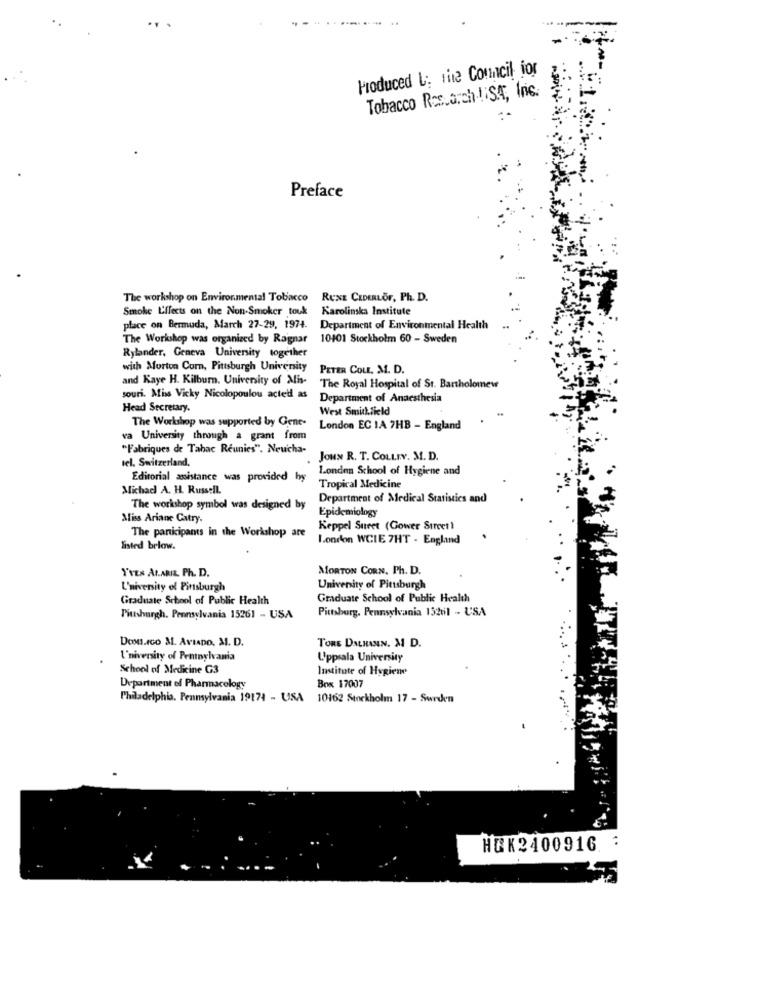
..
Produced L: the Council for
Tobacco Research USA, Inc.
Preface
The workshop on Environmental Tobacco
RUNE CEDERLOr, Ph. D.
Smoke Effects on the Non-Smoker took Karolinska Institute
place on Bermuda, March 27-29, 1974.
Department of Environmental Health
The Workshop was organized by Ragnar
10401 Stockholm 60 - Sweden
Rylander, Geneva University together
with Morton Corn, Pittsburgh University
PETER COLE. M. D.
and Kaye H. Kilburn. University of Mis-
The Royal Hospital of St. Bartholomew
souri. Miss Vicky Nicolopoulou acted as
Department of Anaesthesia
Head Secretary.
West Smithfield
The Workshop was supported by Gene-
London EC IA 7HB - England
va University through a grant from
"Fabriques de Tabac Reunies". Neucha-
tel. Switzerland,
JOHN R. T. COLLIY. M. D.
London School of Hygiene and
Editorial assistance was provided byy
Michael A. H. Russell.
Tropical Medicine
Department of Medical Statistics and
The workshop symbol was designed by
Epidemiology
Miss Ariane Catry.
The participants in the Workshop are
Keppel Suret (Gower Street )
london WCIE 7HT - England
listed below.
YrEs ALARIZ. Ph. D.
MORTON CORN, Ph. D.
L'niversity of Pittsburgh
University of Pittsburgh
Graduate School of Public Health
Graduate School of Public Health
Pittsburg, Pennsylvania 15261 - USA
Pittsburgh, Pennsylvania 15261 - USA
Dcon.Ico M. AVIADO, M. D.
TORE DALHANN. M D.
l'niversity of Pentaylvania
Uppsala University
School of Medicine G3
Institute of Hygiene
Department of Pharmacology
Box 17007
Philadelphia, Pennsylvania 19171 - USA 10162 Stockholm 17 - Sweden
HUK2400916.